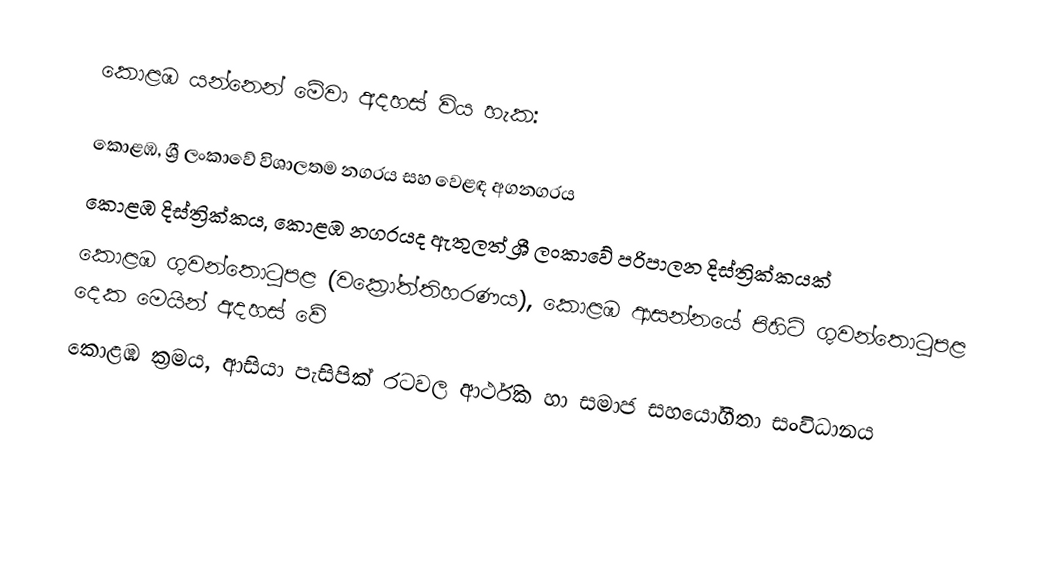
කොළඹ යන්නෙන් මේවා අදහස් විය හැක:

 කොළඹ, ශ්‍රී ලංකාවේ විශාලතම නගරය සහ වෙළඳ අගනගරය
 කොළඹ දිස්ත්‍රික්කය, කොළඹ නගරයද ඇතුලත් ශ්‍රී ලංකාවේ පරිපාලන දිස්ත්‍රික්කයක්
 කොළඹ ගුවන්තොටුපළ (වක්‍රෝත්තිහරණය), කොළඹ ආසන්නයේ පිහිටි ගුවන්තොටුපළ දෙක මෙයින් අදහස් වේ
 කොළඹ ක්‍රමය, ආසියා පැසිපික් රටවල ආර්ථික හා සමාජ සහයෝගීතා සංවිධානය